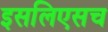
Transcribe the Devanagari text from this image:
इसलिएसच